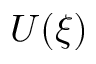
U ( \xi )